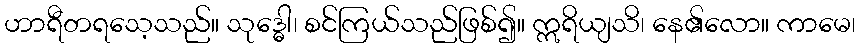
ဟာရီတရသေ့သည်။ သုဒ္ဓေါ၊ စင်ကြယ်သည်ဖြစ်၍။ ဣရိယျသိ၊ နေ၏လော။ ကာမေ၊